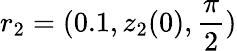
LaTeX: r_{2}=(0.1,z_{2}(0),\frac{\pi}{2})